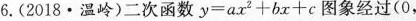
6.(2018·温岭)二次函数y=ax^{2}+bx+c图象经过(0，